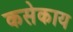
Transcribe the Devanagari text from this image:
कसेकाय